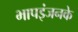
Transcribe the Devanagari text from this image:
भापइंजनके